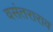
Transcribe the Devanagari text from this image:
वसंतराराव